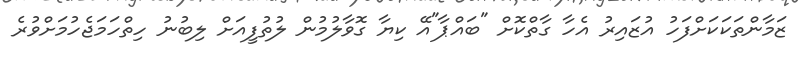
ޒަމާންތަކަކަށްފަހު އުޒައިރު އެހާ ގާތްކޮށް "ބައްޕާ"އޭ ކިޔާ ގޮވާލުމުން ލުތުފީއަށް ލިބުނު ހިތްހަމަޖެހުމަށްވުރެ